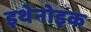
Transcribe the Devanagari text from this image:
इथेनोइक